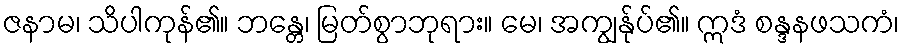
ဇနာမ၊ သိပါကုန်၏။ ဘန္တေ၊ မြတ်စွာဘုရား။ မေ၊ အကျွန်ုပ်၏။ ဣဒံ စန္ဒနဖသကံ၊